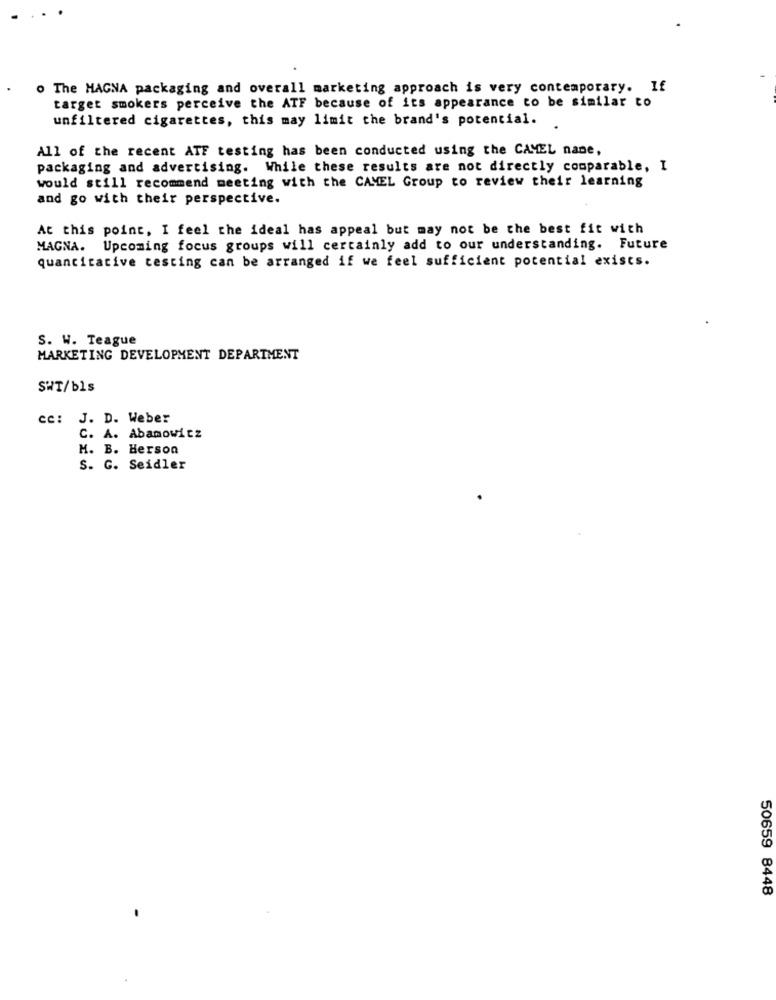
o The MAGNA packaging and overall marketing approach is very contemporary. If
target smokers perceive the ATF because of its appearance to be similar to
unfiltered cigarettes, this may limit the brand's potential.
All of the recent ATF testing has been conducted using the CAMEL nane,
packaging and advertising. While these results are not directly comparable, I
would still recommend meeting with the CAMEL Group to review their learning
and go with their perspective.
At this point, I feel the ideal has appeal but may not be the best fit with
MAGNA. Upcoming focus groups will certainly add to our understanding. Future
quantitative testing can be arranged if we feel sufficient potential exists.
S. W. Teague
MARKETING DEVELOPMENT DEPARTMENT
SWT/bls
cc: J. D. Weber
C. A. Abamowitz
M. B. Herson
S. G. Seidler
50659 8448